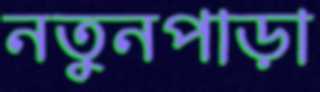
নতুনপাড়া